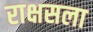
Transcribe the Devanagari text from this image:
राक्षसला